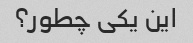
این یکی چطور؟